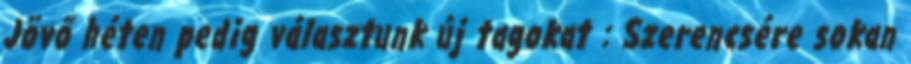
Jövő héten pedig választunk új tagokat : Szerencsére sokan